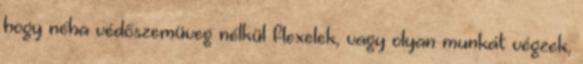
hogy néha védőszemüveg nélkül flexelek, vagy olyan munkát végzek,